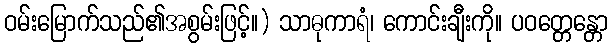
ဝမ်းမြောက်သည်၏အစွမ်းဖြင့်။) သာဓုကာရံ၊ ကောင်းချီးကို။ ပဝတ္တေန္တော